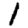
Digit: 1